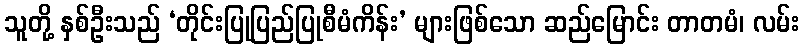
သူတို့ နှစ်ဦးသည် ‘တိုင်းပြုပြည်ပြုစီမံကိန်း’ များဖြစ်သော ဆည်မြောင်း တာတမံ၊ လမ်း